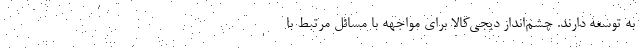
به توسعه دارند. چشم‌انداز دیجی‌کالا برای مواجهه با مسائل مرتبط با